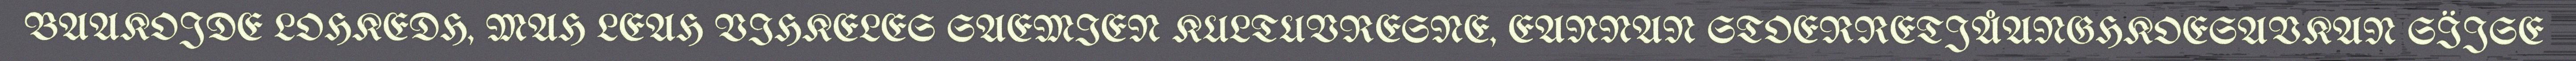
BAAKOJDE LOHKEDH, MAH LEAH VIHKELES SAEMIEN KULTUVRESNE, EANNAN STOERRETJÅANGHKOESAVKAN SÏJSE